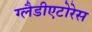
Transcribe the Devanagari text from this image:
ग्लैडीएटोरेस